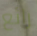
رائع